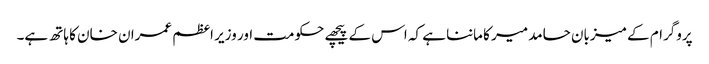
پروگرام کے میزبان حامد میر کا ماننا ہے کہ اس کے پیچھے حکومت اور وزیر اعظم عمران خان کا ہاتھ ہے۔